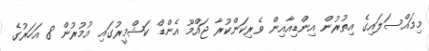
މިމައްސަލައިގެ އިތުރުން އިންޑިއާއިން ވެރިކަންކުރާ ޖައްމޫ އެންޑް ކަޝްމީރުގައި އުމުރުން 8 އަހަރުގެ